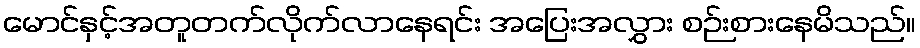
မောင်နှင့်အတူတက်လိုက်လာနေရင်း အပြေးအလွှား စဉ်းစားနေမိသည်။